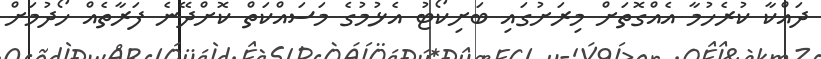
ދައްކާ ކުރެހުމާ އެއްގޮތަށް މިރަށުގައި ބަށިކޯޓު އެޅުމުގެ މަސައްކަތް ކޮށްދޭނެ ފަރާތެއް ހޯދުމަށް